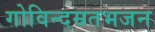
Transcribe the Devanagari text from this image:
गोविन्दम्रतभजन